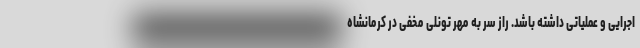
اجرایی و عملیاتی داشته باشد. راز سر به مُهر تونلی مخفی در کرمانشاه